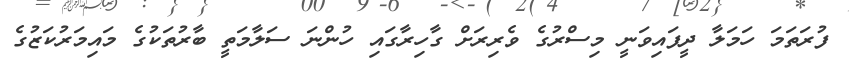
ފުރަތަމަ ހަމަލާ ދީފައިވަނީ މިސްރުގެ ވެރިރަށް ގާހިރާގައި ހުންނަ ސަލާމަތީ ބާރުތަކުގެ މައިމަރުކަޒުގެ